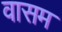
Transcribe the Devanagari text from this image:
वासम